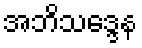
အဘိသဒ္ဒေန